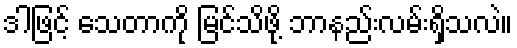
ဒါဖြင့် သေတာကို မြင်သိဖို့ ဘာနည်းလမ်းရှိသလဲ။